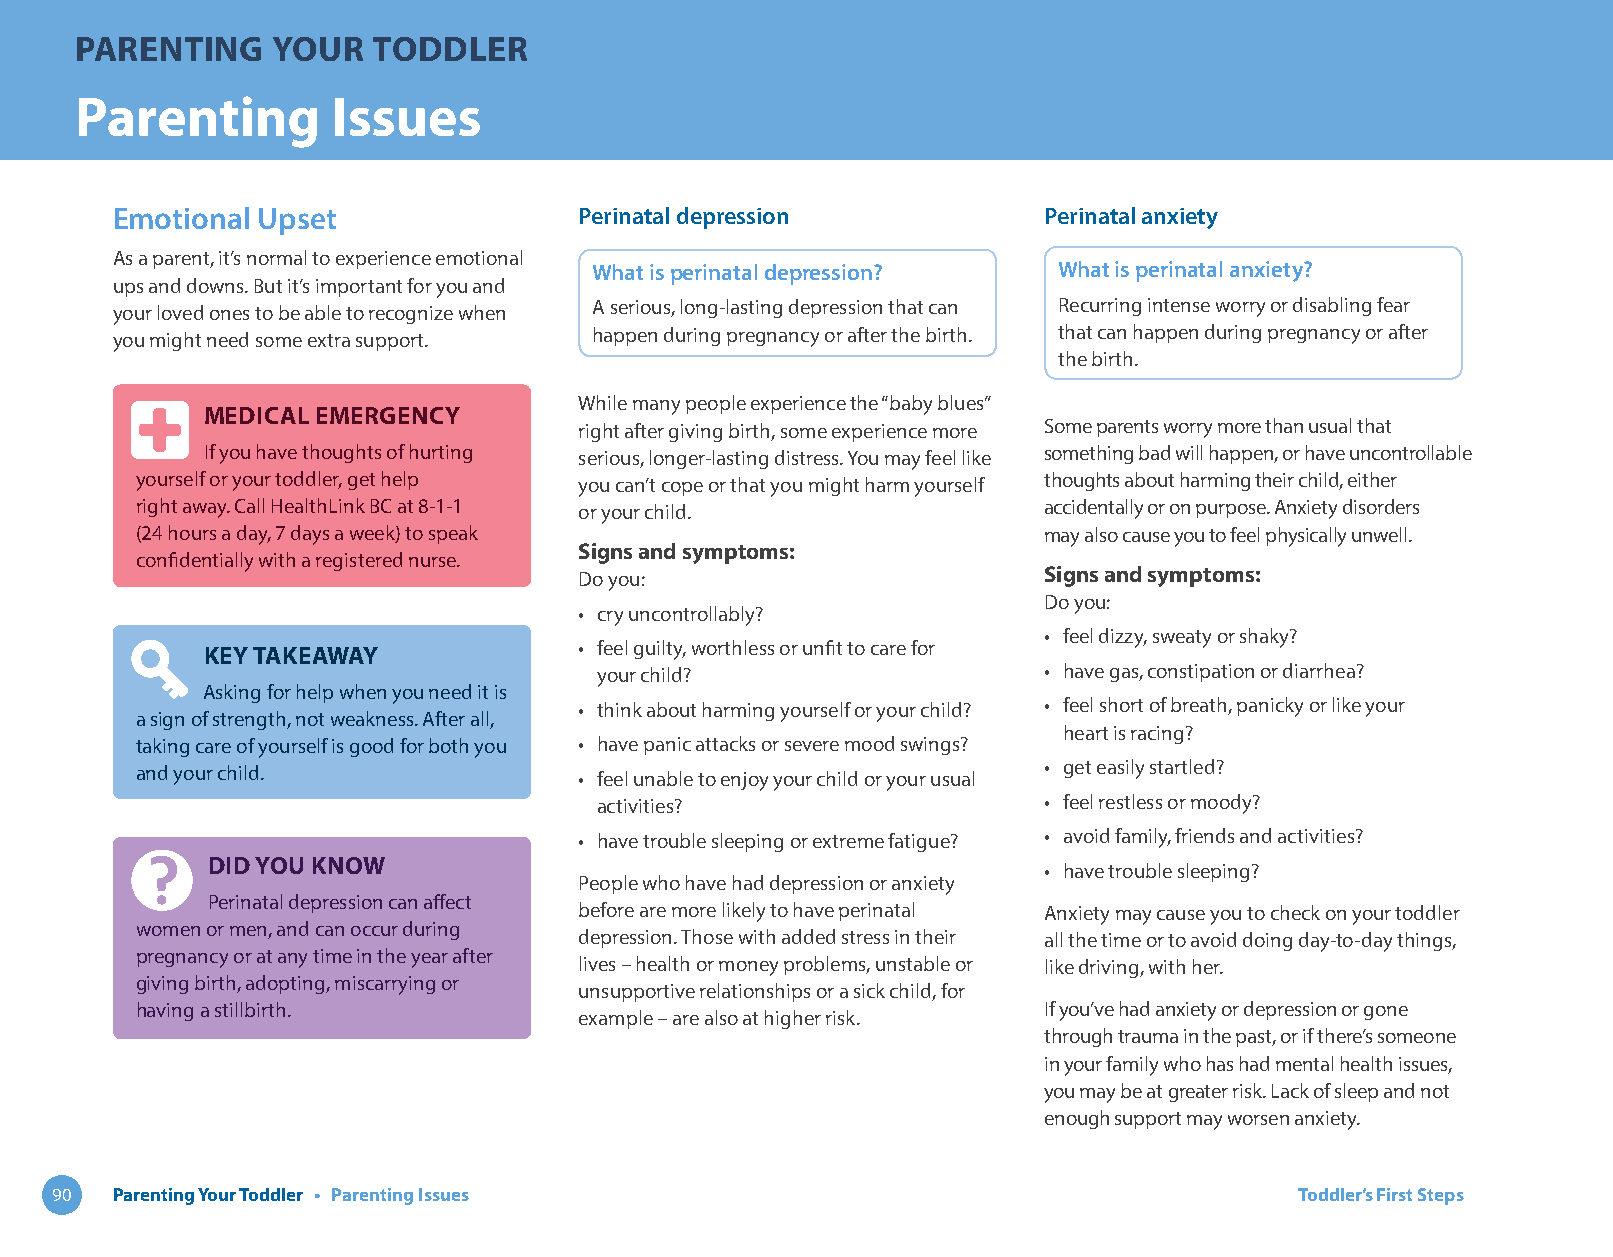
PARENTING    YOUR   TODDLER
 Parenting        Issues
 Emotional Upset                Perinatal depression           Perinatal anxiety
 As a parent, it’s normal to experience emotional
 What is perinatal depression?  What is perinatal anxiety?
 ups and downs. But it’s important for you and
 your loved ones to be able to recognize when A serious, long-lasting depression that can Recurring intense worry or disabling fear
 you might need some extra support. happen during pregnancy or after the birth. that can happen during pregnancy or after
 the birth.
 While many people experience the “baby blues”
 MEDICAL EMERGENCY
 right after giving birth, some experience more Some parents worry more than usual that
 If you have thoughts of hurting serious, longer-lasting distress. You may feel like something bad will happen, or have uncontrollable
 yourself or your toddler, get help you can’t cope or that you might harm yourself thoughts about harming their child, either
 right away. Call HealthLink BC at 8-1-1 or your child.      accidentally or on purpose. Anxiety disorders
 (24 hours a day, 7 days a week) to speak                    may also cause you to feel physically unwell.
 Signs and symptoms:
 confidentially with a registered nurse.
 Do you:                        Signs and symptoms:
 Do you:
 • cry uncontrollably?
 • feel dizzy, sweaty or shaky?
 KEY TAKEAWAY             • feel guilty, worthless or unfit to care for
 your child?                  • have gas, constipation or diarrhea?
 Asking for help when you need it is
 • think about harming yourself or your child? • feel short of breath, panicky or like your
 a sign of strength, not weakness. After all,
 heart is racing?
 taking care of yourself is good for both you • have panic attacks or severe mood swings?
 and your child.              • feel unable to enjoy your child or your usual • get easily startled?
 activities?                  • feel restless or moody?
 • have trouble sleeping or extreme fatigue? • avoid family, friends and activities?
 DID YOU KNOW
 • have trouble sleeping?
 People who have had depression or anxiety
 Perinatal depression can affect
 before are more likely to have perinatal Anxiety may cause you to check on your toddler
 women or men, and can occur during
 depression. Those with added stress in their all the time or to avoid doing day-to-day things,
 pregnancy or at any time in the year after
 lives – health or money problems, unstable or like driving, with her.
 giving birth, adopting, miscarrying or
 unsupportive relationships or a sick child, for
 having a stillbirth.                                        If you’ve had anxiety or depression or gone
 example – are also at higher risk.
 through trauma in the past, or if there’s someone
 in your family who has had mental health issues,
 you may be at greater risk. Lack of sleep and not
 enough support may worsen anxiety.
 90  Parenting Your Toddler • Parenting Issues                                      Toddler’s First Steps